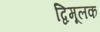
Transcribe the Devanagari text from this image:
द्विमूलक